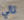
تالي